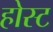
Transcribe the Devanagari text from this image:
होस्‍ट